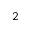
^ 2